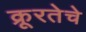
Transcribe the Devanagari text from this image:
क्रूरतेचे